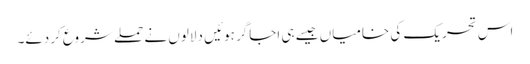
اس تحریک کی خامیاں جیسے ہی اجاگر ہوئیں دلالوں نے حملے شروع کردئے۔